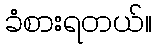
ခံစားရတယ်။